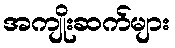
အကျိုးဆက်များ